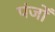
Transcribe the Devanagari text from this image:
पंजोँ